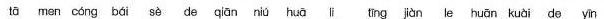
tā men cóng bái sè de qiān niú huā li